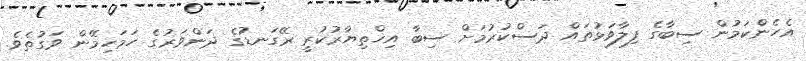
އެހެންކަމުން ސިބާގެ ފިލާވަޅުތައް ދަސްކުރުމަށް ސިބާ އިޚްތިޔާރުކުރީ ރޭގަނޑުގެ ދަންވަރުގެ ހަމަހިމޭން ވަގުތެެވެ.